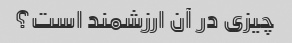
چیزی در آن ارزشمند است؟